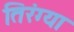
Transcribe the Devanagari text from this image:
तिरंग्या